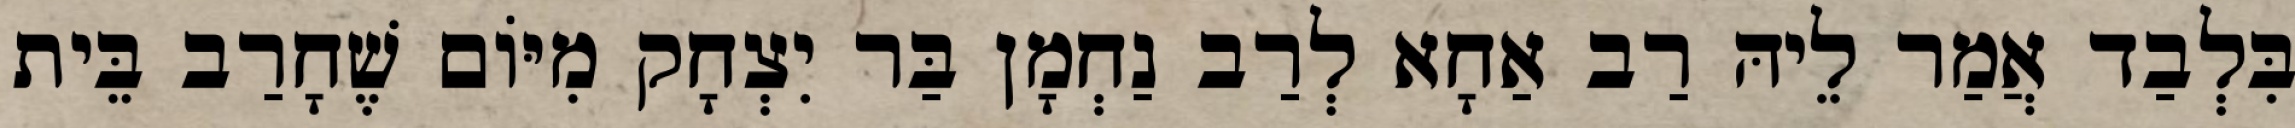
בִּלְבַד אֲמַר לֵיהּ רַב אַחָא לְרַב נַחְמָן בַּר יִצְחָק מִיּוֹם שֶׁחָרַב בֵּית